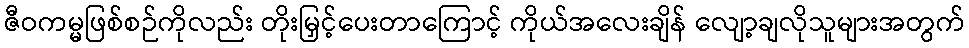
ဇီဝကမ္မဖြစ်စဉ်ကိုလည်း တိုးမြှင့်ပေးတာကြောင့် ကိုယ်အလေးချိန် လျော့ချလိုသူများအတွက်